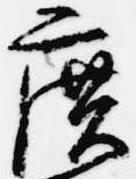
広